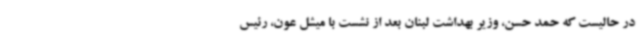
در حالیست که حمد حسن، وزیر بهداشت لبنان بعد از نشست با میشل عون، رئیس